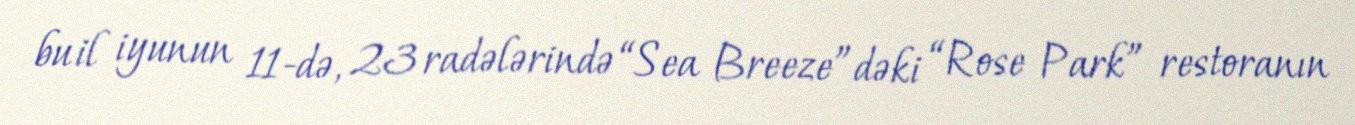
bu il iyunun 11-də, 23 radələrində “Sea Breeze”dəki “Rose Park” restoranın